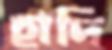
হাদি